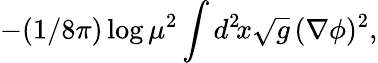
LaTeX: -(1/8\pi)\log\mu^{2}\int d^{2}\! x\sqrt{g}\, (\nabla\phi)^{2},